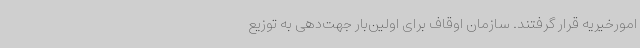
امورخیریه قرار گرفتند. سازمان اوقاف برای اولین‌بار جهت‌دهی به توزیع